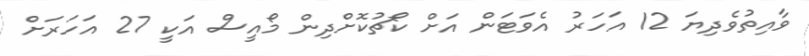
ވާއިތުވެދިޔަ 12 އަހަރު އެވަޓަން އަށް ކޯޗުކޮށްދިން މޯއީސް އަކީ 27 އަހަރަށް